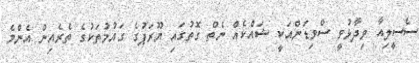
ސެސީލިއާ ވިދާޅުވީ ސްވިޑަންއަކީ ޝައްކެއް ނެތް ގޮތުގައި ޔޫރަޕުގެ ގައުމުތަކުގެ ތެރެއިން އެންމެ